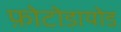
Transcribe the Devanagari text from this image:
फ़ोटोडायोड